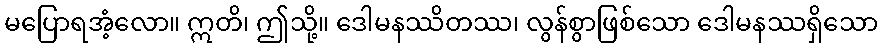
မပြောရအံ့လော။ ဣတိ၊ ဤသို့။ ဒေါမနဿိတဿ၊ လွန်စွာဖြစ်သော ဒေါမနဿရှိသော